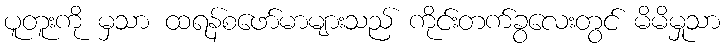
ပူတူးကို မှသာ ထရန်စဖော်မာများသည် ကိုင်းတက်ခွလေးတွင် မိမိမှုသာ